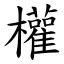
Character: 權